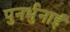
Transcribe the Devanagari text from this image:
पुनर्भुनाई